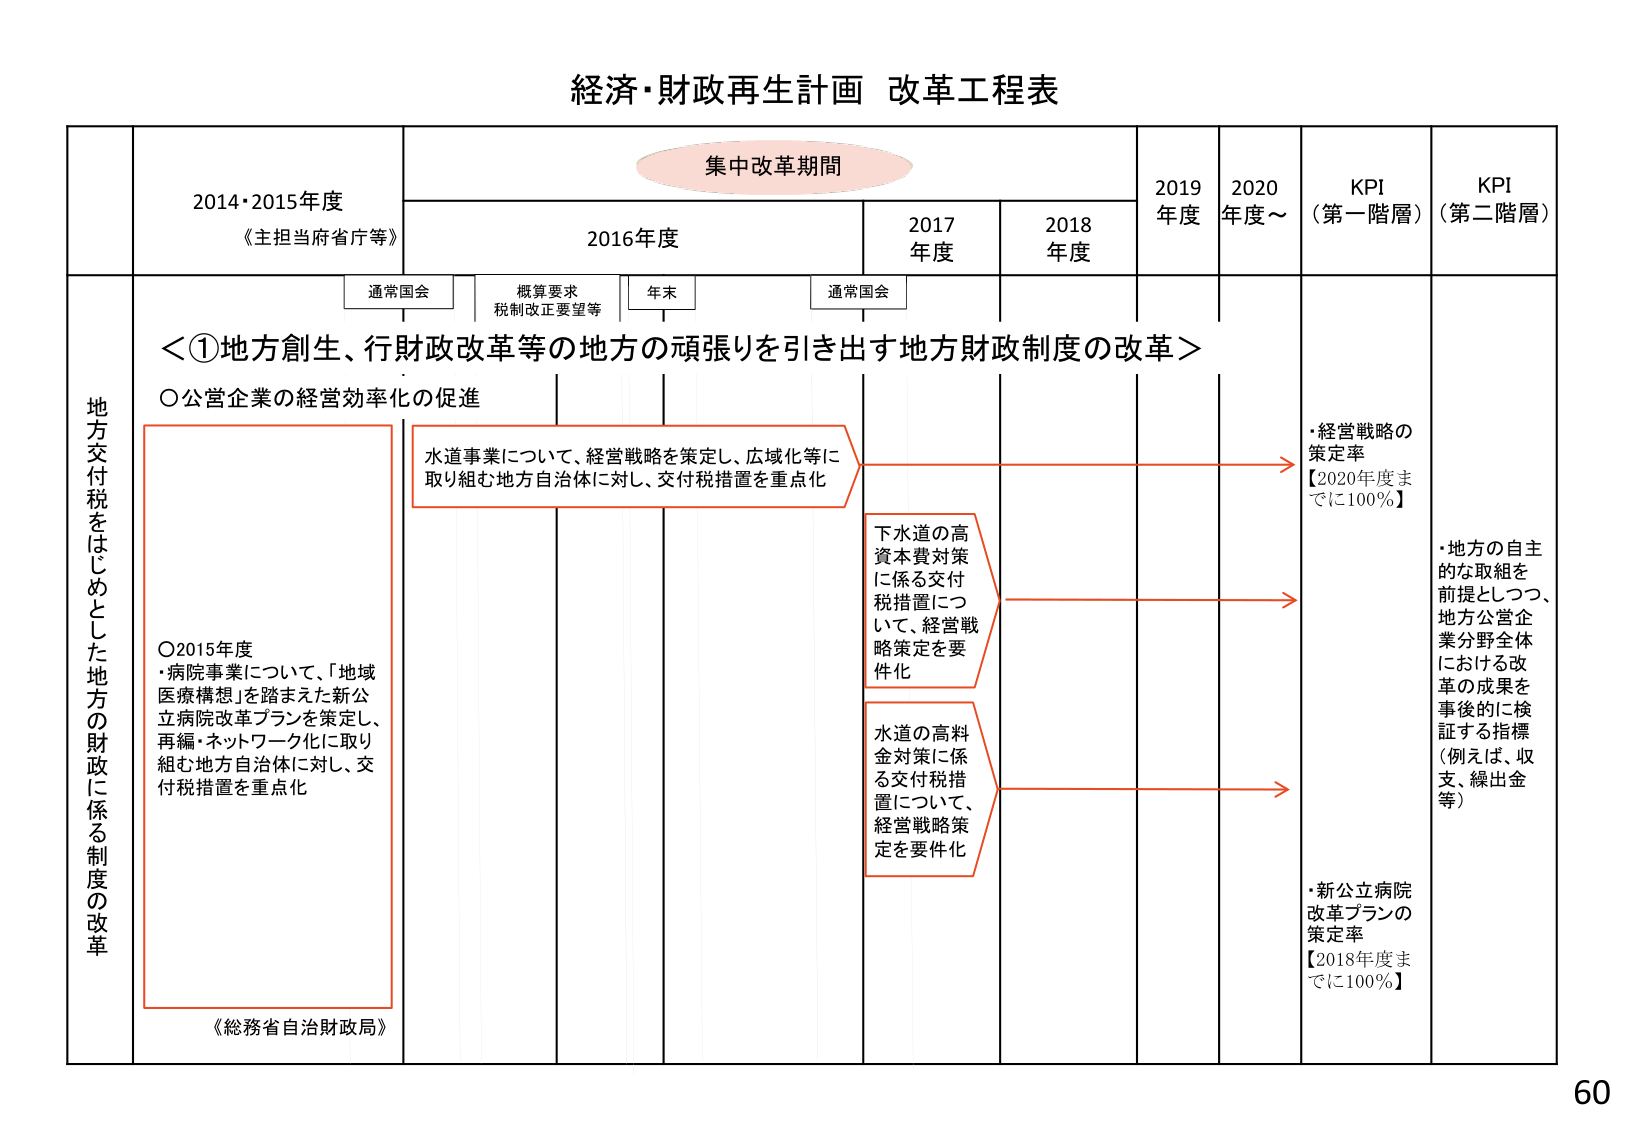
経済・財政再生計画 改革工程表

集中改革期間

2014・2015年度
《主担当府省庁等》

2016年度

2017年度

2018年度

2019年度

2020年度～

KPI（第一階層）

KPI（第二階層）

通常国会

概算要求
税制改正要望等

年末

通常国会

地方交付税をはじめとした地方の財政に係る制度の改革

＜①地方創生、行財政改革等の地方の頑張りを引き出す地方財政制度の改革＞

○公営企業の経営効率化の促進

○2015年度
・病院事業について、「地域医療構想」を踏まえた新公立病院改革プランを策定し、再編・ネットワーク化に取り組む地方自治体に対し、交付税措置を重点化

《総務省自治財政局》

水道事業について、経営戦略を策定し、広域化等に取り組む地方自治体に対し、交付税措置を重点化

下水道の高資本費対策に係る交付税措置について、経営戦略策定を要件化

水道の高料金対策に係る交付税措置について、経営戦略策定を要件化

・経営戦略の策定率
【2020年度までに100％】

・新公立病院改革プランの策定率
【2018年度までに100％】

・地方の自主的な取組を前提としつつ、地方公営企業分野全体における改革の成果を事後的に検証する指標（例えば、収支、繰出金等）

60